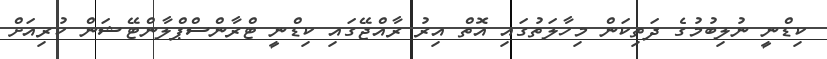
ކިޑްނީ ނުލިބުމުގެ ދަތިކަން މިހާލަތުގައި އޮތް އިރު ރާއްޖޭގައި ކިޑްނީ ޓްރާންސްޕްލާންޓޭޝަން ކުރިއަށް